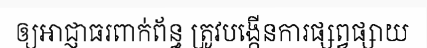
ឲ្យអាជ្ញាធរពាក់ព័ន្ធ ត្រូវបង្កើនការផ្សព្វផ្សាយ